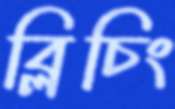
ব্লিচিং